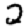
Digit: 2